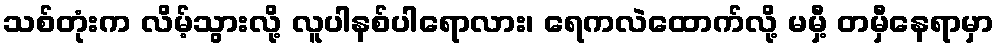
သစ်တုံးက လိမ့်သွားလို့ လူပါနစ်ပါရောလား၊ ရေကလဲထောက်လို့ မမှီ့ တမှီနေရာမှာ